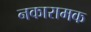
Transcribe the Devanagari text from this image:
नकारामक